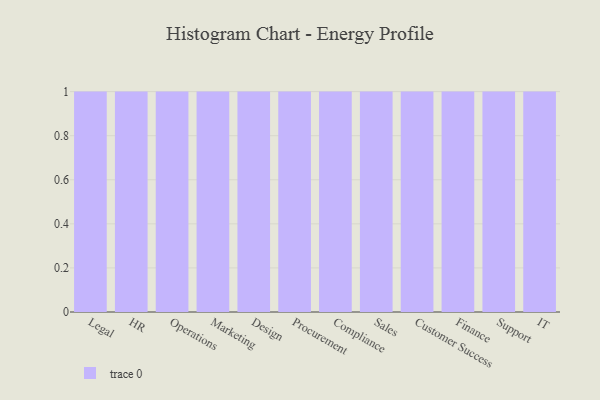
{"axis": {"x": "Department", "y": "Revenue (USD Million)"}, "legend": [""], "data": [{"x": "Legal", "y": 51, "type": ""}, {"x": "HR", "y": 44, "type": ""}, {"x": "Operations", "y": 93, "type": ""}, {"x": "Marketing", "y": 64, "type": ""}, {"x": "Design", "y": 54, "type": ""}, {"x": "Procurement", "y": 18, "type": ""}, {"x": "Compliance", "y": 44, "type": ""}, {"x": "Sales", "y": 44, "type": ""}, {"x": "Customer Success", "y": 20, "type": ""}, {"x": "Finance", "y": 84, "type": ""}, {"x": "Support", "y": 79, "type": ""}, {"x": "IT", "y": 49, "type": ""}]}